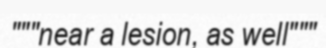
"""near a lesion, as well"""